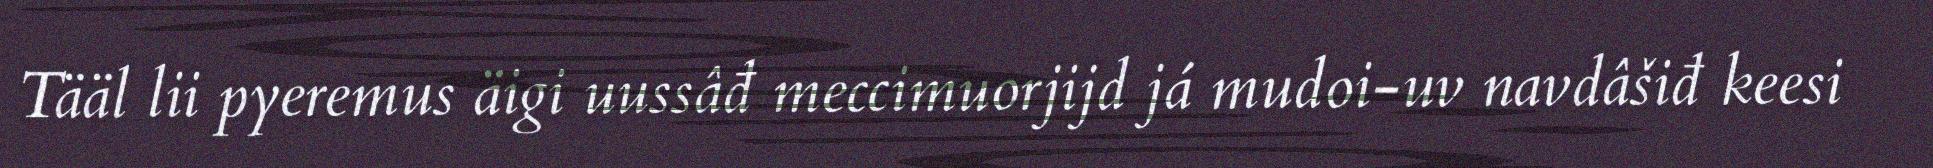
Tääl lii pyeremus äigi uussâđ meccimuorjijd já mudoi-uv navdâšiđ keesi